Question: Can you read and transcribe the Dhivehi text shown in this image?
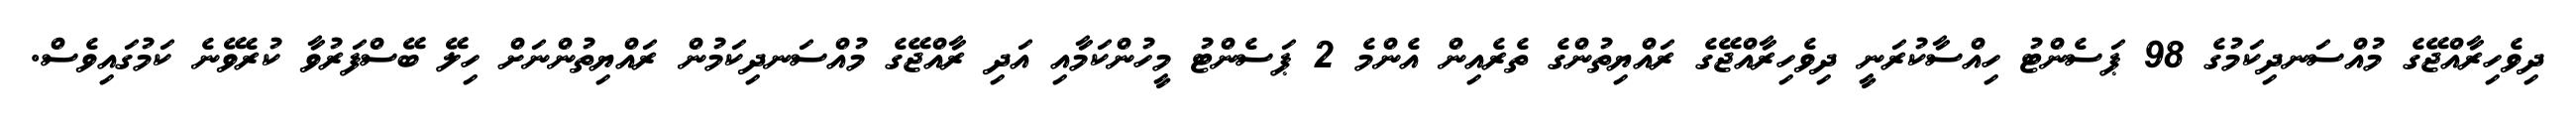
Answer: ދިވެހިރާއްޖޭގެ މުއްސަނދިކަމުގެ 98 ޕަސެންޓު ހިއްސާކުރަނީ ދިވެހިރާއްޖޭގެ ރައްޔިތުންގެ ތެރެއިން އެންމެ 2 ޕަސެންޓު މީހުންކަމާއި އަދި ރާއްޖޭގެ މުއްސަނދިކަމުން ރައްޔިތުންނަށް ހިލޭ ބޭސްފަރުވާ ކުރެވޭނެ ކަމުގައިވެސް.